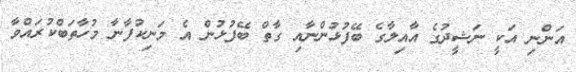
އަންނި އަކީ ނަޝީދުގެ އާއިލާގެ ބޭފުޅުންނާއި ގާތް ބޭފުޅުން އެ މަނިކުފާނާ މުހާތަބްކުރައްވާ